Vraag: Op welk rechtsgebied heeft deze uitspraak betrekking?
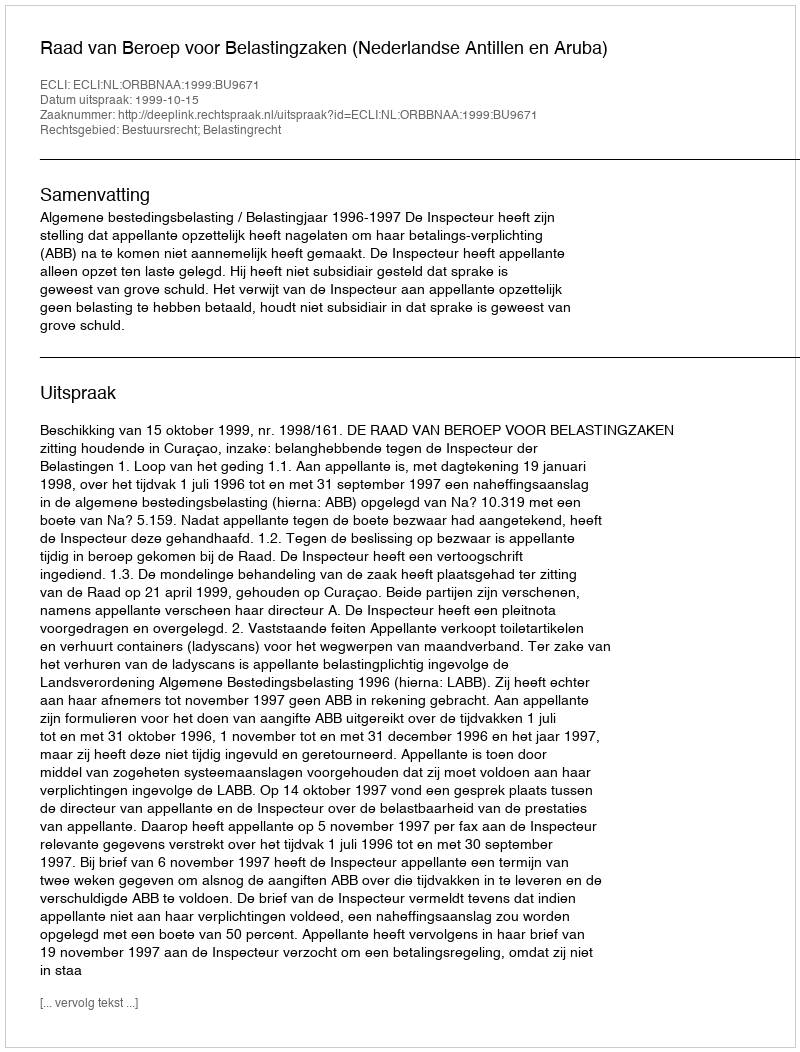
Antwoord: Bestuursrecht; Belastingrecht